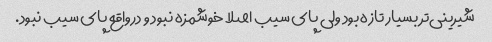
شیرینی‌تر بسیار تازه بود ولی پای سیب اصلا خوشمزه نبود و درواقع پای سیب نبود.